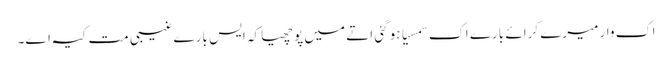
اک وار میرے کرائے بارے اک سمسیا ہو گئی اتے میں پوچھیا کہ ایس بارے غیبی مت کیہ اے۔